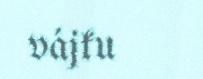
vájku